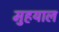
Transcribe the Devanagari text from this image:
मुहयाल